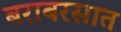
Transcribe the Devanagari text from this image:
बराबरसात